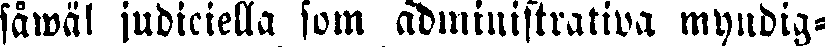
såwäl judiciella som administrativa myndig-